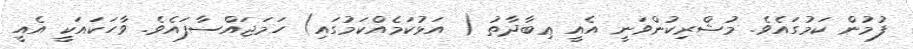
ފުމުން ކަމުގައެވެ. މުޝްރިކުންވަނީ އެއީ ޢިބާދާތު ( އަޅުކަމެއްކަމުގައި) ހަމަޖައްސާފައެވެ. ވާހަކައަކީ އެއީ